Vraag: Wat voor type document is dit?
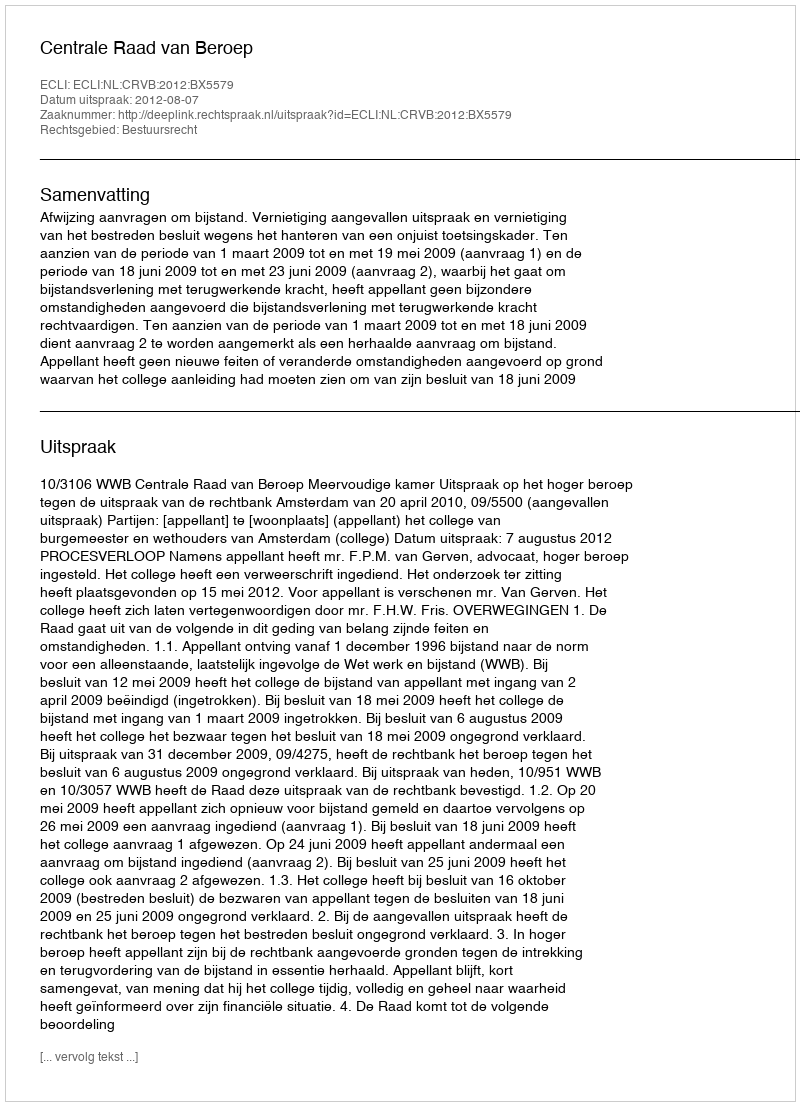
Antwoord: Uitspraak